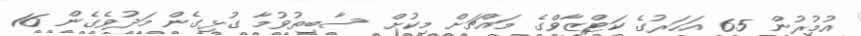
އުމުރުން 65 އަހަރުގެ ކަޓްޒާވްގެ މައްޗަށް މިކުށް ސާބިތުވުމާ ގުޅިގެން މަދުވެގެން 16